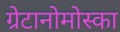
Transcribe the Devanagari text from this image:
ग्रेटानोमोस्का